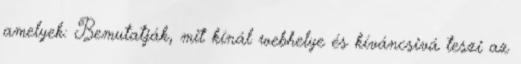
amelyek: Bemutatják, mit kínál webhelye és kíváncsivá teszi az